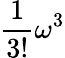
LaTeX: \frac{1}{3!}\omega^{3}